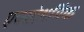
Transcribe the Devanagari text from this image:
एक्सोथर्मिक